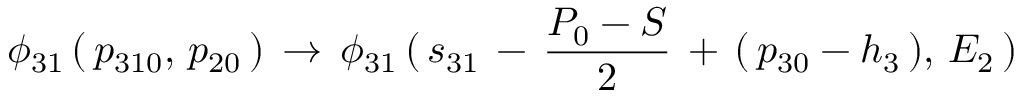
\phi _ { 3 1 } \, ( \, p _ { 3 1 0 } , \, p _ { 2 0 } \, ) \, \to \, \phi _ { 3 1 } \, ( \, s _ { 3 1 } \, - \, { \frac { P _ { 0 } - S } { 2 } } \, + \, ( \, p _ { 3 0 } - h _ { 3 } \, ) , \, E _ { 2 } \, )